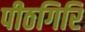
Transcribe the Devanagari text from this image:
पीठगिरि